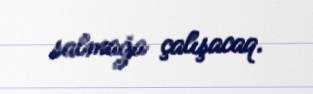
salmağa çalışacaq.